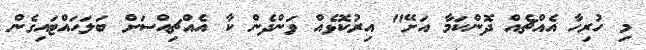
މި ހުރިހާ އެއްޗެއް ދޮންކަމާ އަށޭ" އިރުކޮޅެއް ވަންދެން ކާ އެއްޗިއްސަށް ބަލަހައްޓައިގެން